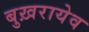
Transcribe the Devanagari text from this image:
बुख़रायेव